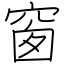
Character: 窗